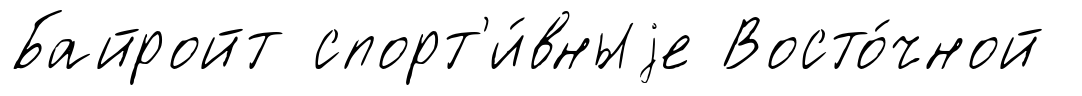
Байройт спорт'и́вныjе Восто́чной